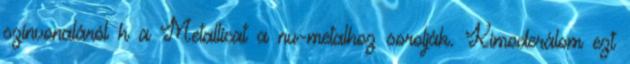
színvonaláról h a Metallicat a nu-metalhoz sorolják. Kimoderálom ezt